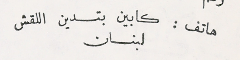
هاتف : كابين بتدين اللقش لبنان